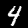
Digit: 4